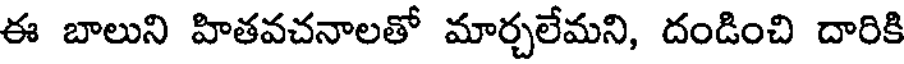
ఈ బాలుని హితవచనాలతో మార్చలేమని, దండించి దారికి